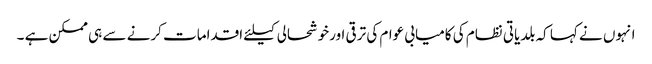
انہوں نے کہا کہ بلدیاتی نظام کی کامیابی عوام کی ترقی اورخوشحالی کیلئے اقدامات کرنے سے ہی ممکن ہے ۔